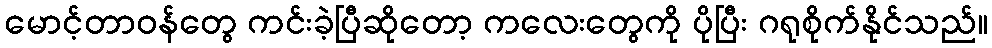
မောင့်တာဝန်တွေ ကင်းခဲ့ပြီဆိုတော့ ကလေးတွေကို ပိုပြီး ဂရုစိုက်နိုင်သည်။